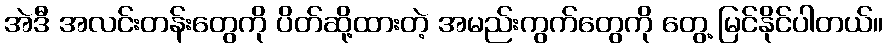
အဲဒီ အလင်းတန်းတွေကို ပိတ်ဆို့ထားတဲ့ အမည်းကွက်တွေကို တွေ့ မြင်နိုင်ပါတယ်။